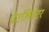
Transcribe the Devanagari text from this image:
वेटलिफ़्टर